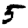
Digit: 5